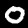
Digit: 0